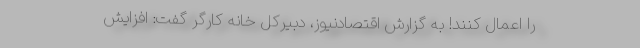
را اعمال کنند! به گزارش اقتصادنیوز، دبیرکل خانه کارگر گفت: افزایش